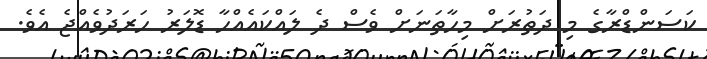
ކަސަންޑްރާގެ މި ދަތުރަށް މިހާތަނަށް ވެސް ދެ ލައްކައެއްހާ ޑޮލަރު ހަރަދުވެއްޖެ އެވެ.